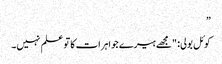
”
کوئل بولی: "مجھے ہیرے جواہرات کا تو علم نہیں۔